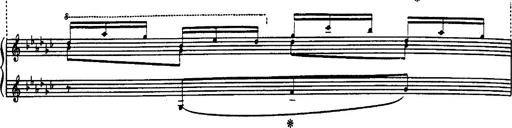
Title: Danza sacra e duetto finale dâ€™Aida
Composer: Franz Liszt